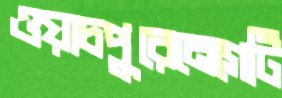
ওয়াচপুরেনেগেটি